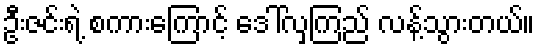
ဦးဇင်းရဲ့ စကားကြောင့် ဒေါ်လှကြည် လန့်သွားတယ်။